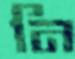
নি